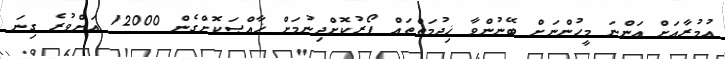
އުމުރާއަށް އަންނަ މީހުންނަށް ބޭނުންވާ ޚިދުމަތްތައް ފޯރުކޮށްދިނުމަށް ޚާއްޞަކޮށްގެން 12000 އަށްވުރެ ގިނަ